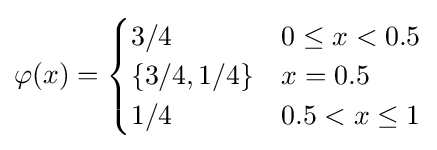
\varphi (x)={\begin{cases}3/4&0\leq x<0.5\\\{3/4,1/4\}&x=0.5\\1/4&0.5<x\leq 1\end{cases}}